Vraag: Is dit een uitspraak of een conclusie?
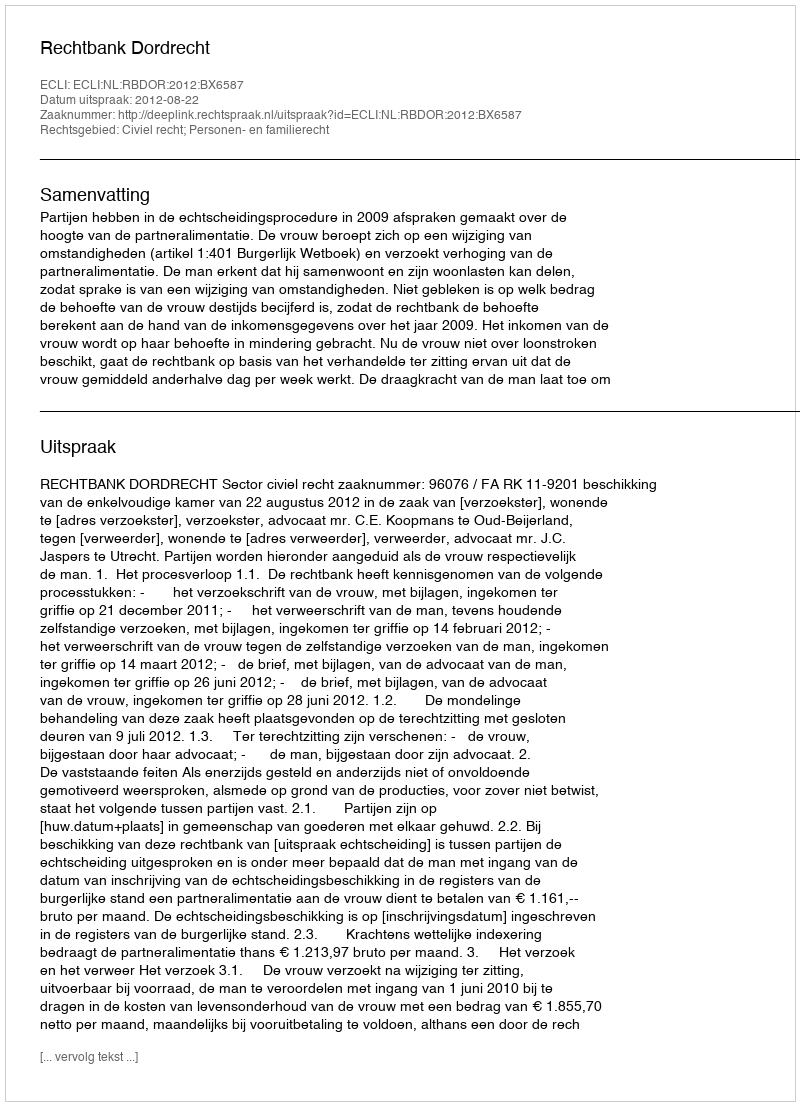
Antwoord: Uitspraak